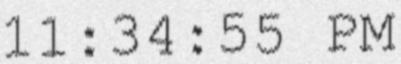
11:34:55 PM